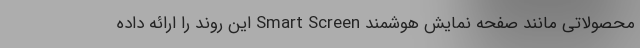
محصولاتی مانند صفحه نمایش هوشمند Smart Screen این روند را ارائه داده